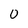
Character: o